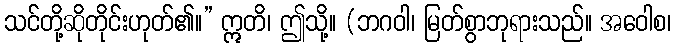
သင်တို့ဆိုတိုင်းဟုတ်၏။” ဣတိ၊ ဤသို့။ (ဘဂဝါ၊ မြတ်စွာဘုရားသည်။ အဝေါစ၊